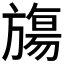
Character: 𬀑